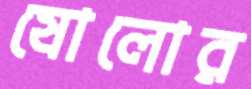
ষোলোর